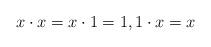
LaTeX: \begin{align*}x\cdot x=x\cdot 1=1,1\cdot x=x \end{align*}